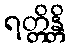
ရတ္တိန္တိ